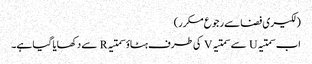
(لکیری فضا سے رجوع مکرر)
اب سمتیہ U سے سمتیہ V کی طرف ہٹاؤ سمتیہ R سے دکھایا گیا ہے۔